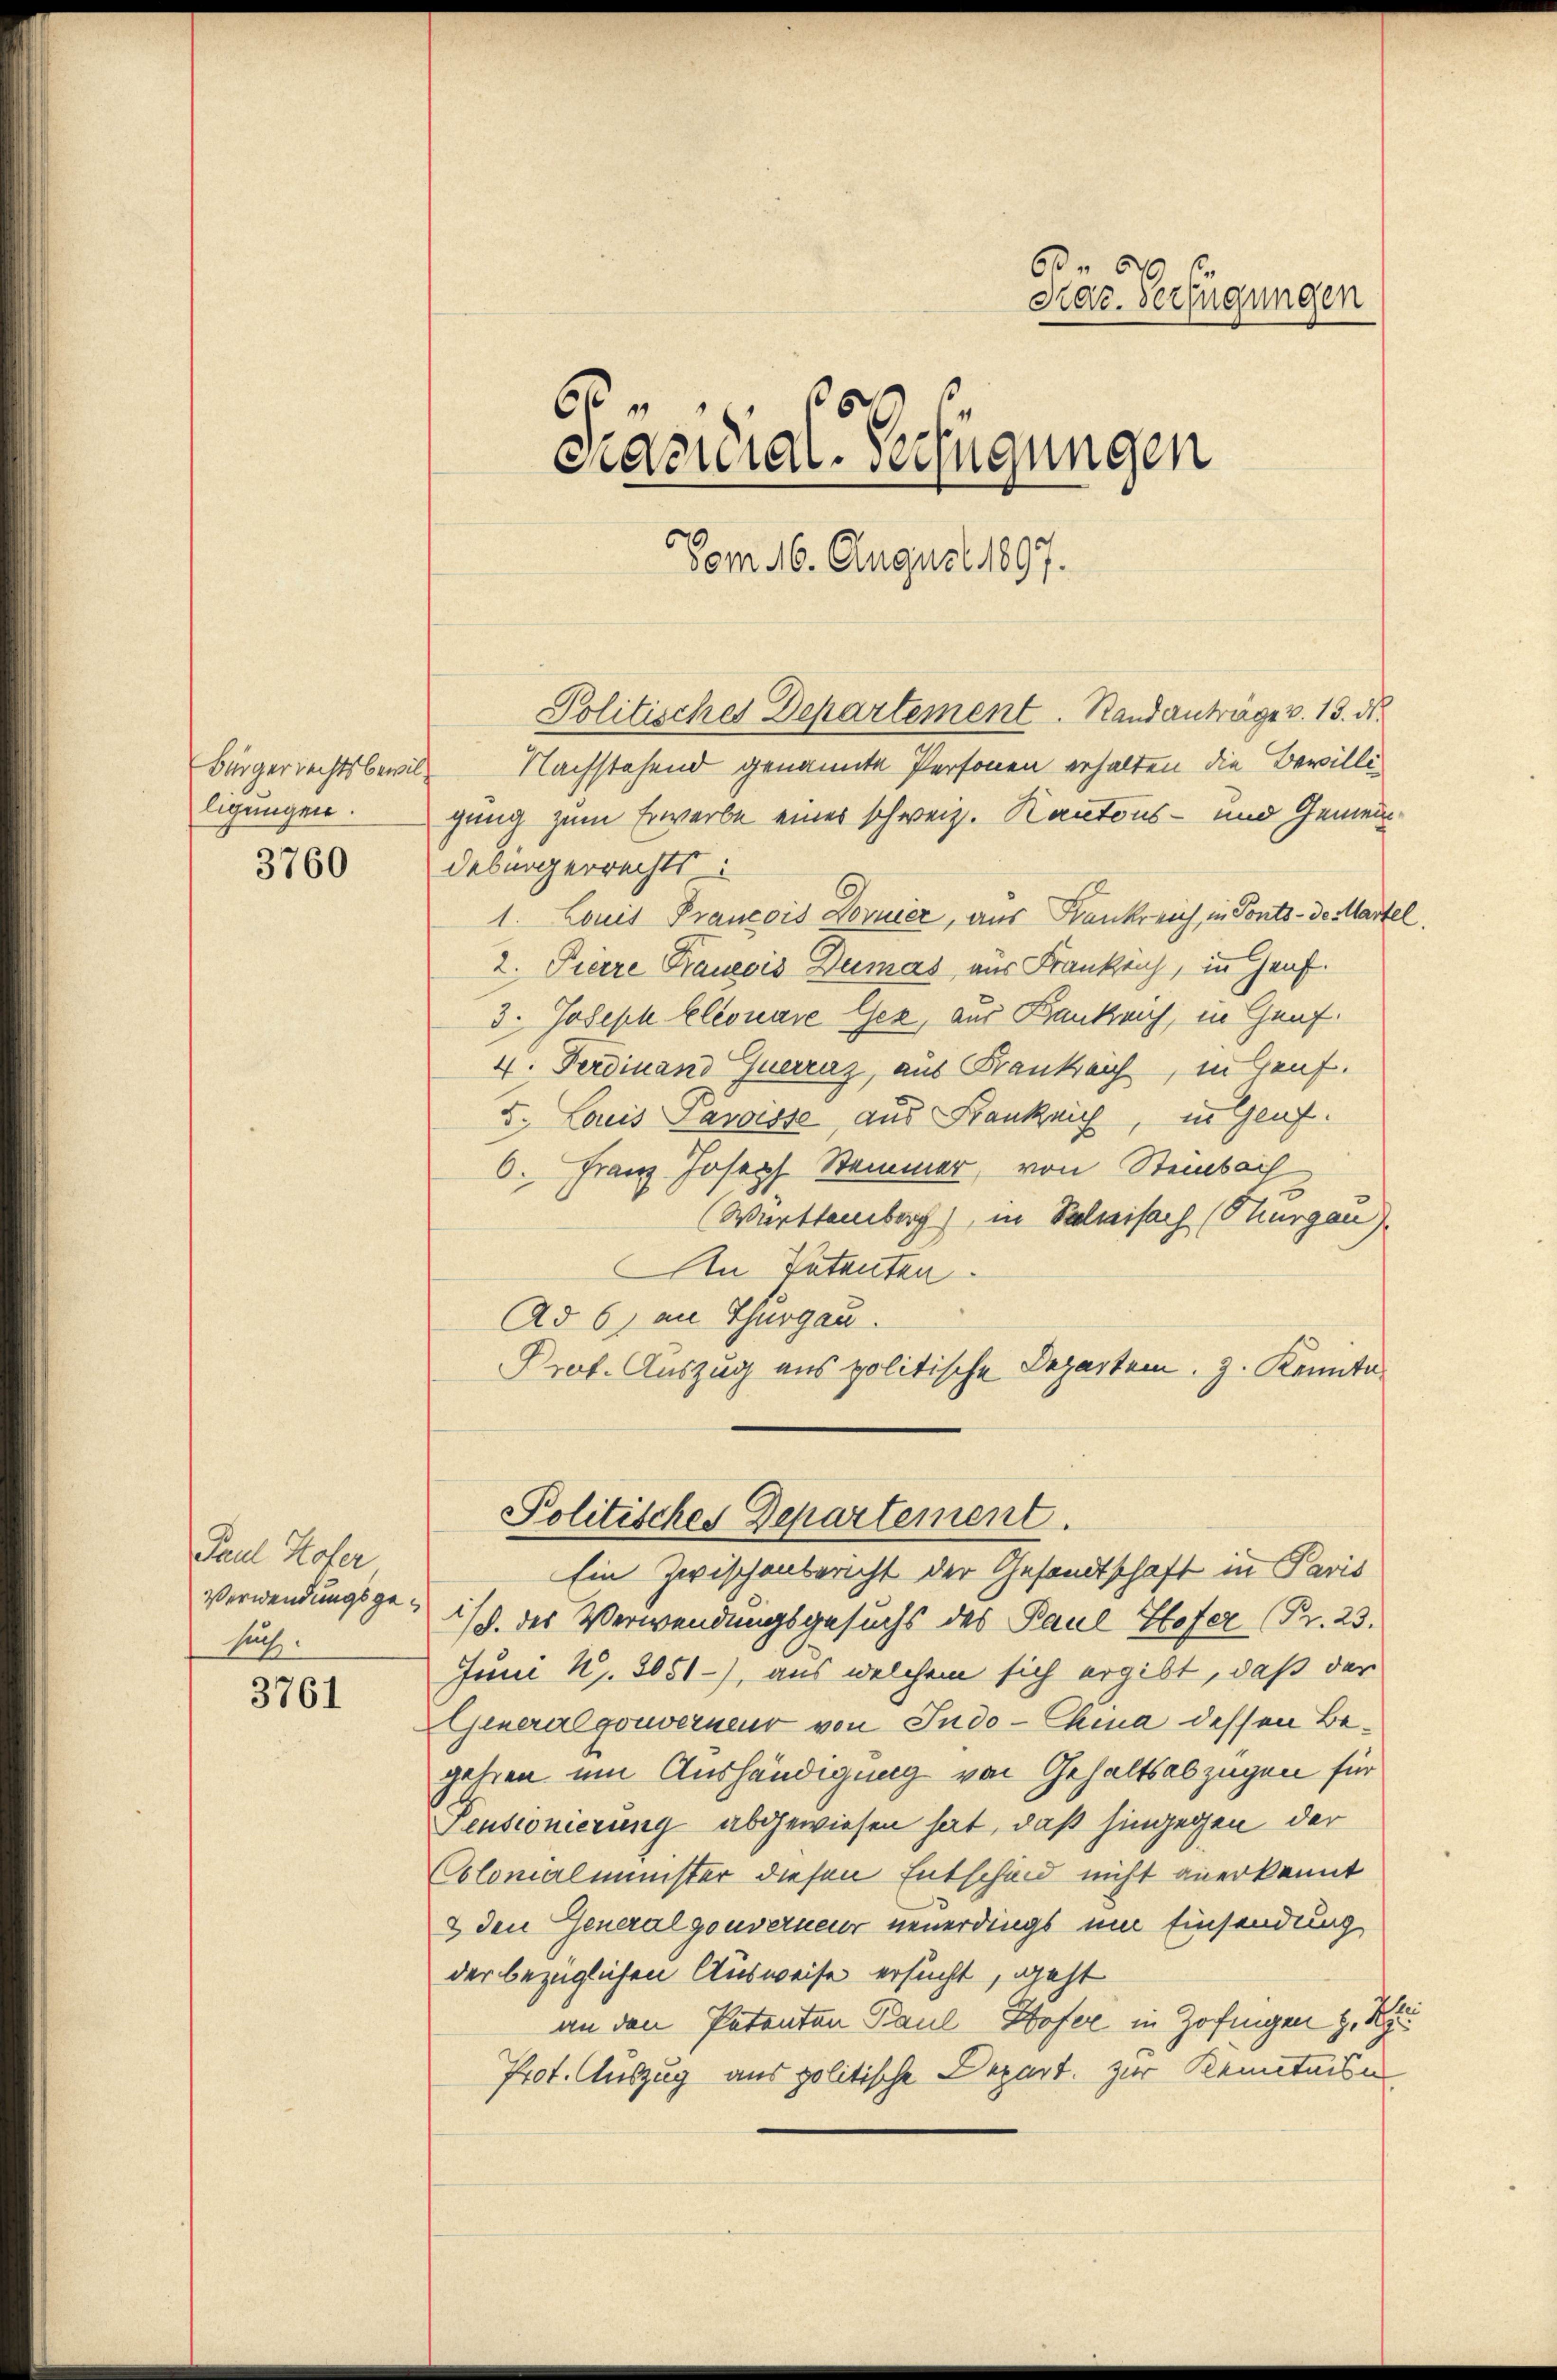
Bürgerrechtsbewilligungen.

3760

Paul Hofer
Verwendungsgesuch.

3761

63.
Kar. Verfügungen
u
cracidial-Verfügungen
Vom 16. August 1897.

Politisches Departement. Randantrage v. 13. ds.

Nachstehend genannte Personen erhalten die Bewilligung zum Erwerbe eines schweiz. Kantons- und Gemeindebürgerrechts
1. Louis Francois Dornier, aus Krankreich, in Ponto- de Martel,
2. Pierre Trauecis Dumas aus Frankrich, in Genf.
3. Joseph Eleonare Gex, aus Bankreich, in Genf.
4. Ferdinand Querraz, aus Frankreich, in Genf.
5. Lauis Paroisse, aus Frankauf, in Genf.
6. Franz Joseph Stammer, von Steinbach
(Württemberg), in Salmisach (Thurgau
An Petenten.
Ad 6) an Thurgau.
Prof. Auszug aus politische Departem, z. Konnta
Politisches Departement.
Ein Zwischenbericht der Gesandtschaft in Paris
i/. des Verwendungsgesuchs des Paul Hofer (Fr. 23.
Juni u. 3051), aus welchem sich ergibt, daß der
Generalgouverneur von Jndo-China dessen Begehren um Aushändigung von Gehaltsabzügen für
Pensionierung abgewiesen hat, daß hingegen der
Colonialminister diesen Entscheid nicht anerkennt
2 den Generalgouverneur neuerdings um Einsendung
der bezüglichen Ausweise ersucht, geht
an den Patenten Paul Hofer in Zofingen z. R
Prot. Auszug aus politische Depart. zur Kenntnisn